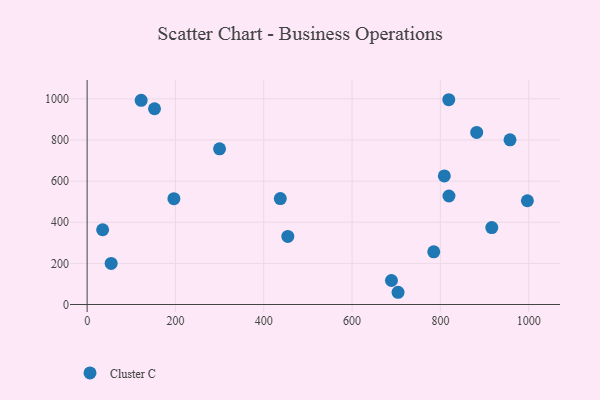
{"axis": {"x": "Study Hours", "y": "Demand"}, "legend": ["Cluster C"], "data": [{"x": "122.4", "y": 993.0, "type": "Cluster C"}, {"x": "819.4", "y": 527.7, "type": "Cluster C"}, {"x": "35.1", "y": 363.5, "type": "Cluster C"}, {"x": "196.5", "y": 514.5, "type": "Cluster C"}, {"x": "916.4", "y": 374.3, "type": "Cluster C"}, {"x": "454.5", "y": 331.0, "type": "Cluster C"}, {"x": "819.0", "y": 995.9, "type": "Cluster C"}, {"x": "785.0", "y": 256.4, "type": "Cluster C"}, {"x": "299.9", "y": 757.1, "type": "Cluster C"}, {"x": "808.9", "y": 625.2, "type": "Cluster C"}, {"x": "437.5", "y": 515.0, "type": "Cluster C"}, {"x": "957.7", "y": 800.9, "type": "Cluster C"}, {"x": "704.1", "y": 59.5, "type": "Cluster C"}, {"x": "54.4", "y": 199.7, "type": "Cluster C"}, {"x": "689.2", "y": 116.7, "type": "Cluster C"}, {"x": "152.6", "y": 952.0, "type": "Cluster C"}, {"x": "882.2", "y": 837.1, "type": "Cluster C"}, {"x": "997.0", "y": 504.5, "type": "Cluster C"}]}